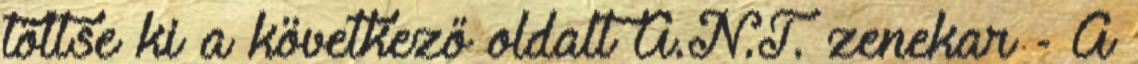
töltse ki a következő oldalt A.N.T. zenekar - A